Lunatic asylums Bombay report 1878-1890 - 1878-1890
Year: 1878
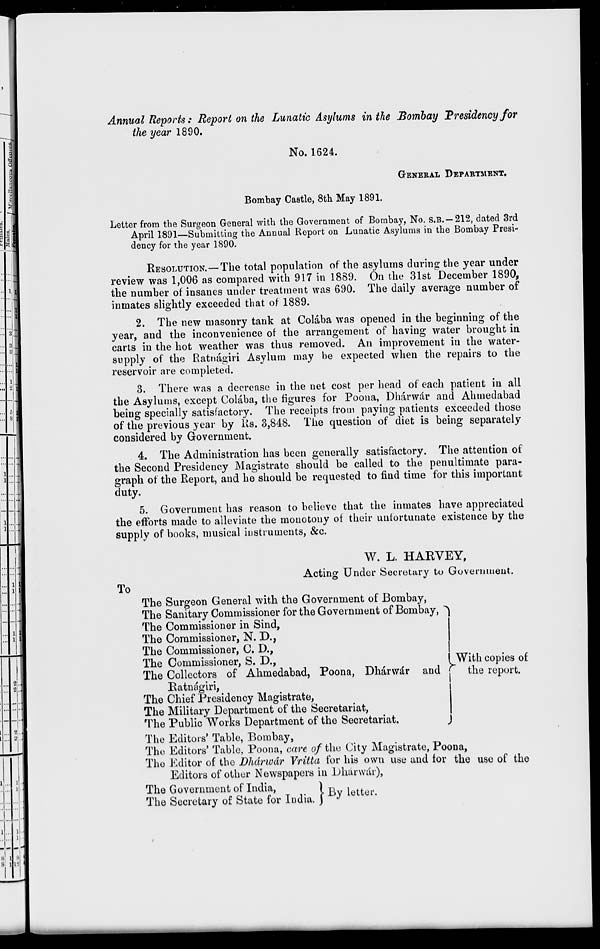
Annual Reports: Report on the Lunatic Asylums in the Bombay Presidency for
the year 1890.
No. 1624.
GENERAL DEPARTMENT.
Bombay Castle, 8th May 1891.
Letter from the Surgeon General with the Government of Bombay, No. S.B. —212, dated 3rd
April 1891—Submitting the Annual Report on Lunatic Asylums in the Bombay Presi-
dency for the year 1890.
RESOLUTION.—The total population of the asylums during the year under
review was 1,006 as compared with 917 in 1889. On the 31st December 1890,
the number of insanes under treatment was 690. The daily average number of
inmates slightly exceeded that of 1889.
2. The new masonry tank at Colába was opened in the beginning of the
year, and the inconvenience of the arrangement of having water brought in
carts in the hot weather was thus removed. An improvement in the water-
supply of the Ratnágiri Asylum may be expected when the repairs to the
reservoir are completed.
3. There was a decrease in the net cost per head of each patient in all
the Asylums, except Colába, the figures for Poona, Dhárwár and Ahmedabad
being specially satisfactory. The receipts from paying patients exceeded those
of the previous year by Rs. 3,848. The question of diet is being separately
considered by Government.
4. The Administration has been generally satisfactory. The attention of
the Second Presidency Magistrate should be called to the penultimate para-
graph of the Report, and he should be requested to find time for this important
duty.
5. Government has reason to believe that the inmates have appreciated
the efforts made to alleviate the monotony of their unfortunate existence by the
supply of books, musical instruments, &c.
W. L. HARVEY,
Acting Under Secretary to Government.
To
The Surgeon General with the Government of Bombay,
The Sanitary Commissioner for the Government of Bombay,
The Commissioner in Sind,
The Commissioner, N. D.,
The Commissioner, C. D.,
The Commissioner, S. D.,
The Collectors of Ahmedabad, Poona, Dhárwár and
Ratnágiri,
The Chief Presidency Magistrate,
The Military Department of the Secretariat,
The Public Works Department of the
Secretariat,
With copies of
the report.
The Editors. Table, Bombay,
The Editors. Table, Poona, care of the City Magistrate, Poona,
The Editor of the Dhárwár Vritta for his own use and for the use of the
Editors of other Newspapers in Dhárwár),
The Government of India,
The Secretary of State for India.
By letter.